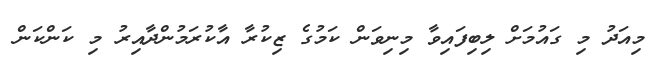
މިއަދު މި ގައުމަށް ލިބިފައިވާ މިނިވަން ކަމުގެ ޒިކުރާ އާކުރަމުންދާއިރު މި ކަންކަން